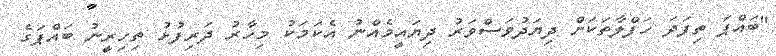
"ބައްޕަ ތިފަދަ ހަފްލާތަކަށް ދިޔަދުވަސްވަރު ދިޔައީމެއްނު އެކަމަކު މިހާރު ދަރިފުޅު ތިހިރީނު ބައްޕަގެ